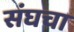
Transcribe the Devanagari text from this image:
संघचा